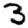
Digit: 3